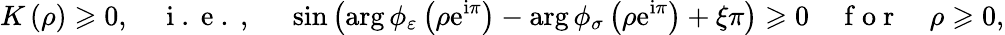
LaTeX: K\left(\rho\right)\geqslant 0,\quad\mathrm{~i~.~e~.~,~}\quad\sin\left(\arg\phi_{\varepsilon}\left(\rho\mathrm{e}^{\mathrm{i}\pi}\right)-\arg\phi_{\sigma}\left(\rho\mathrm{e}^{\mathrm{i}\pi}\right)+\xi\pi\right)\geqslant 0\quad\mathrm{~f~o~r~}\quad\rho\geqslant 0,